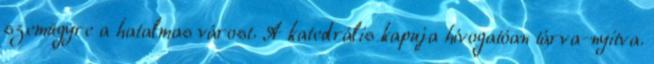
szemügyre a hatalmas várost. A katedrális kapuja hívogatóan tárva-nyitva.